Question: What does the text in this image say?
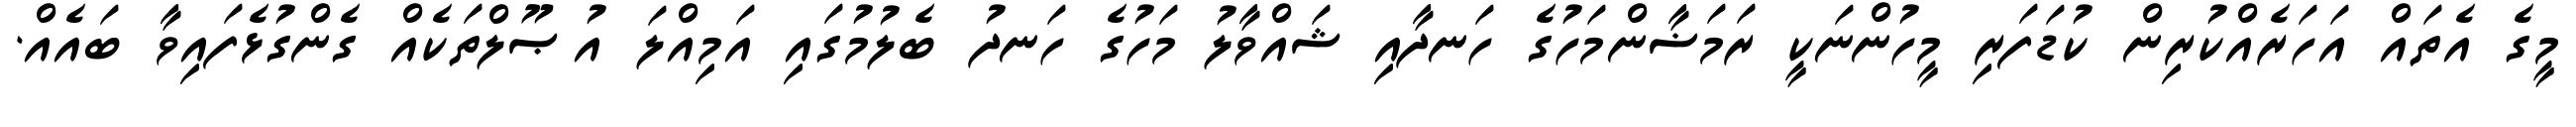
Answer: މީގެ އެތައް އަހަރެއްކުރިން ކުޑަފަރި މީހުންނަކީ ރަމަޟާންމަހުގެ ހަނދާއި ޝައްވާލު މަހުގެ ހަނދު ބެލުމުގައި އަމިއްލަ އުޞޫލްތަކެއް ގެންގުޅެފައިވާ ބައެއް.